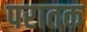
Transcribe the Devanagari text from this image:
परातक